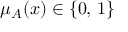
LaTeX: \mu _ { A } ( x ) \in \{ 0 , \, 1 \}